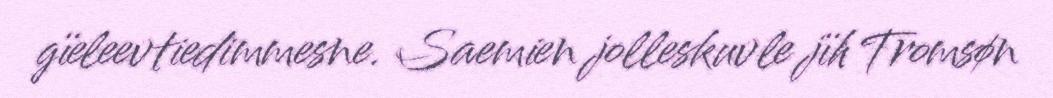
gïeleevtiedimmesne. Saemien jolleskuvle jïh Tromsøn